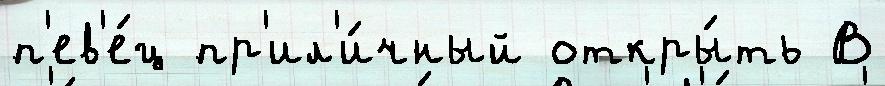
п'ев'е́ц пр'ил'и́чный откры́ть В